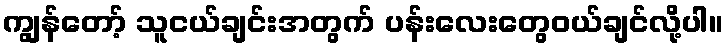
ကျွန်တော့် သူငယ်ချင်းအတွက် ပန်းလေးတွေဝယ်ချင်လို့ပါ။